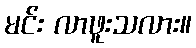
မင်း လာဖူးသလား။